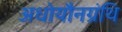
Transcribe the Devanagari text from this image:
अधोयौनग्रंथि